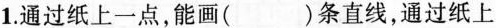
1.通过纸上一点，能画( )条直线，通过纸上